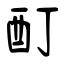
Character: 酊